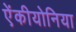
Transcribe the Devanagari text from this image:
ऐंकीयोनिया